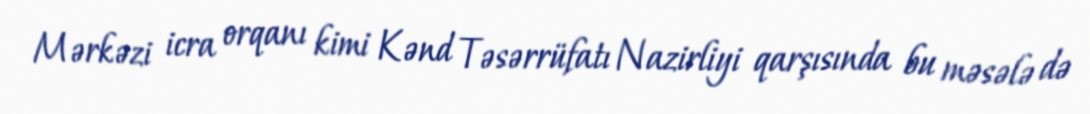
Mərkəzi icra orqanı kimi Kənd Təsərrüfatı Nazirliyi qarşısında bu məsələ də